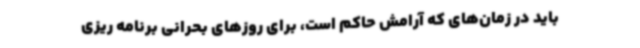
باید در زمان‌های که آرامش حاکم است، برای روزهای بحرانی برنامه ریزی